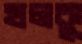
খলকু